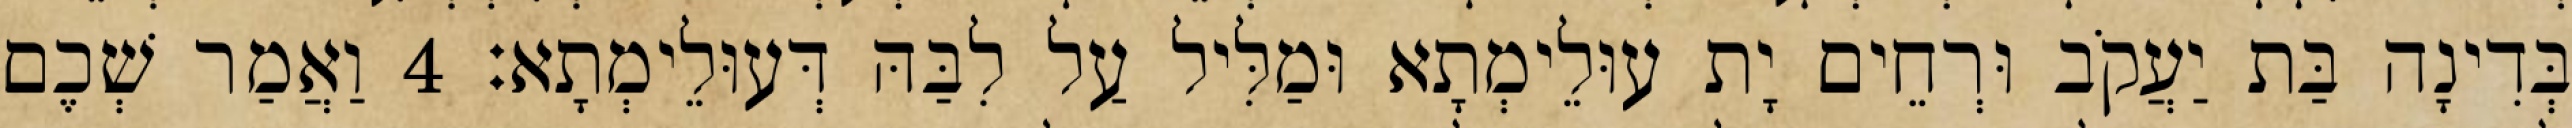
בְּדִינָה בַּת יַעֲקֹב וּרְחֵים יָת עוּלֵימְתָא וּמַלִּיל עַל לִבַּהּ דְּעוּלֵימְתָא׃ 4 וַאֲמַר שְׁכֶם